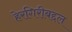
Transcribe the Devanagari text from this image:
हेरगिरीबद्दल